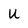
Character: U